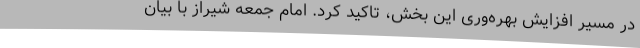
در مسیر افزایش بهره‌وری این بخش، تاکید کرد. امام جمعه شیراز با بیان